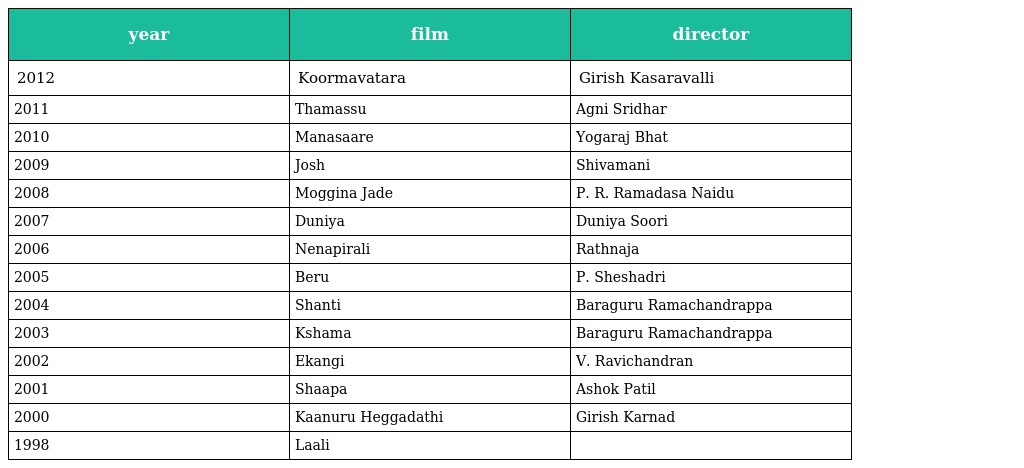
| year | film | director |
 | --- | --- | --- |
 | 2012 | Koormavatara | Girish Kasaravalli |
 | 2011 | Thamassu | Agni Sridhar |
 | 2010 | Manasaare | Yogaraj Bhat |
 | 2009 | Josh | Shivamani |
 | 2008 | Moggina Jade | P. R. Ramadasa Naidu |
 | 2007 | Duniya | Duniya Soori |
 | 2006 | Nenapirali | Rathnaja |
 | 2005 | Beru | P. Sheshadri |
 | 2004 | Shanti | Baraguru Ramachandrappa |
 | 2003 | Kshama | Baraguru Ramachandrappa |
 | 2002 | Ekangi | V. Ravichandran |
 | 2001 | Shaapa | Ashok Patil |
 | 2000 | Kaanuru Heggadathi | Girish Karnad |
 | 1998 | Laali |  |